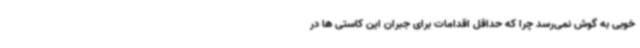
خوبی به گوش نمی‌رسد چرا که حداقل اقدامات برای جبران این کاستی ها در